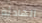
الهادئة